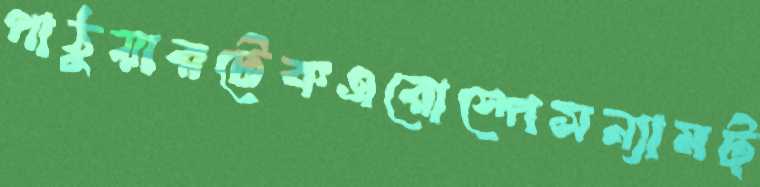
পাঠুয়ারটেকএরোস্পেসন্যামট্